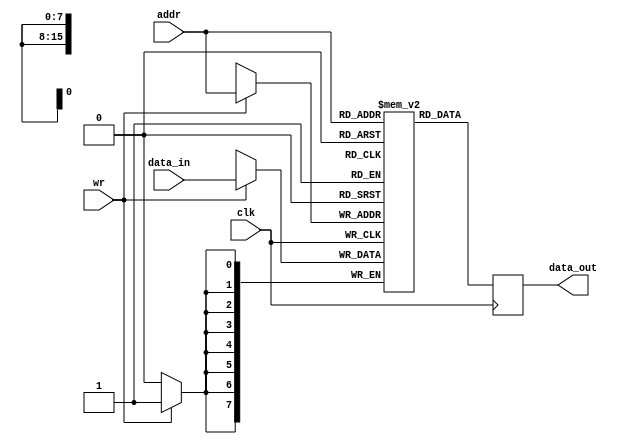
module oc8051_xram (clk, wr, addr, data_in, data_out);
//
// external data ram for simulation. part of oc8051_tb
// it's tehnology dependent
//
// clk          (in)  clock
// addr         (in)  addres
// data_in      (out) data input
// data_out     (in)  data output
// wr           (in)  write
//


input clk, wr;
input [7:0] data_in;
input [15:0] addr;
output [7:0] data_out;

reg [7:0] data_out;
reg [16:0] count;

//
// buffer
reg [7:0] buff [65535:0];


/*initial
begin

  for (count = 0; count < 65536; count = count + 1)
  begin
    buff[count] <= 8'h00;
  end
end */

//
// writing to ram
always @(posedge clk)
begin
  if (wr)
    buff[addr] <= #1 data_in;
end

always @(posedge clk)
    data_out <= #1 buff[addr];


endmodule